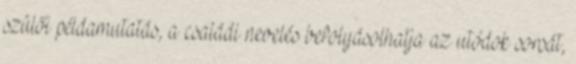
szülői példamutatás, a családi nevelés befolyásolhatja az utódok sorsát,